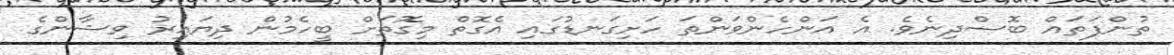
ތުންފަތައް ބޮސްދިނެވެ. އެ އަންހެންވަންތަ ހަށިގަނޑުގައި އެގޮތް މިގޮތަށް ބީހެމުން ދިޔައިރު ވިޝާންގެ